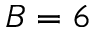
B = 6